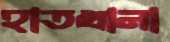
হাতখানা